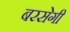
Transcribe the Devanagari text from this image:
बरसेगी